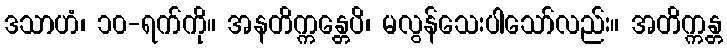
ဒသာဟံ၊ ၁၀-ရက်ကို။ အနတိက္ကန္တေပိ၊ မလွန်သေးပါသော်လည်း။ အတိက္ကန္တ